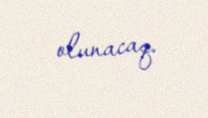
olunacaq.